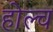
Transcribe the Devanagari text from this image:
होल्च